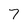
Character: 7